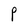
Character: P